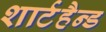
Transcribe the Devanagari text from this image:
शार्टहैन्ड